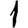
Digit: 1